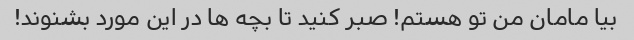
بیا مامان من تو هستم! صبر کنید تا بچه ها در این مورد بشنوند!